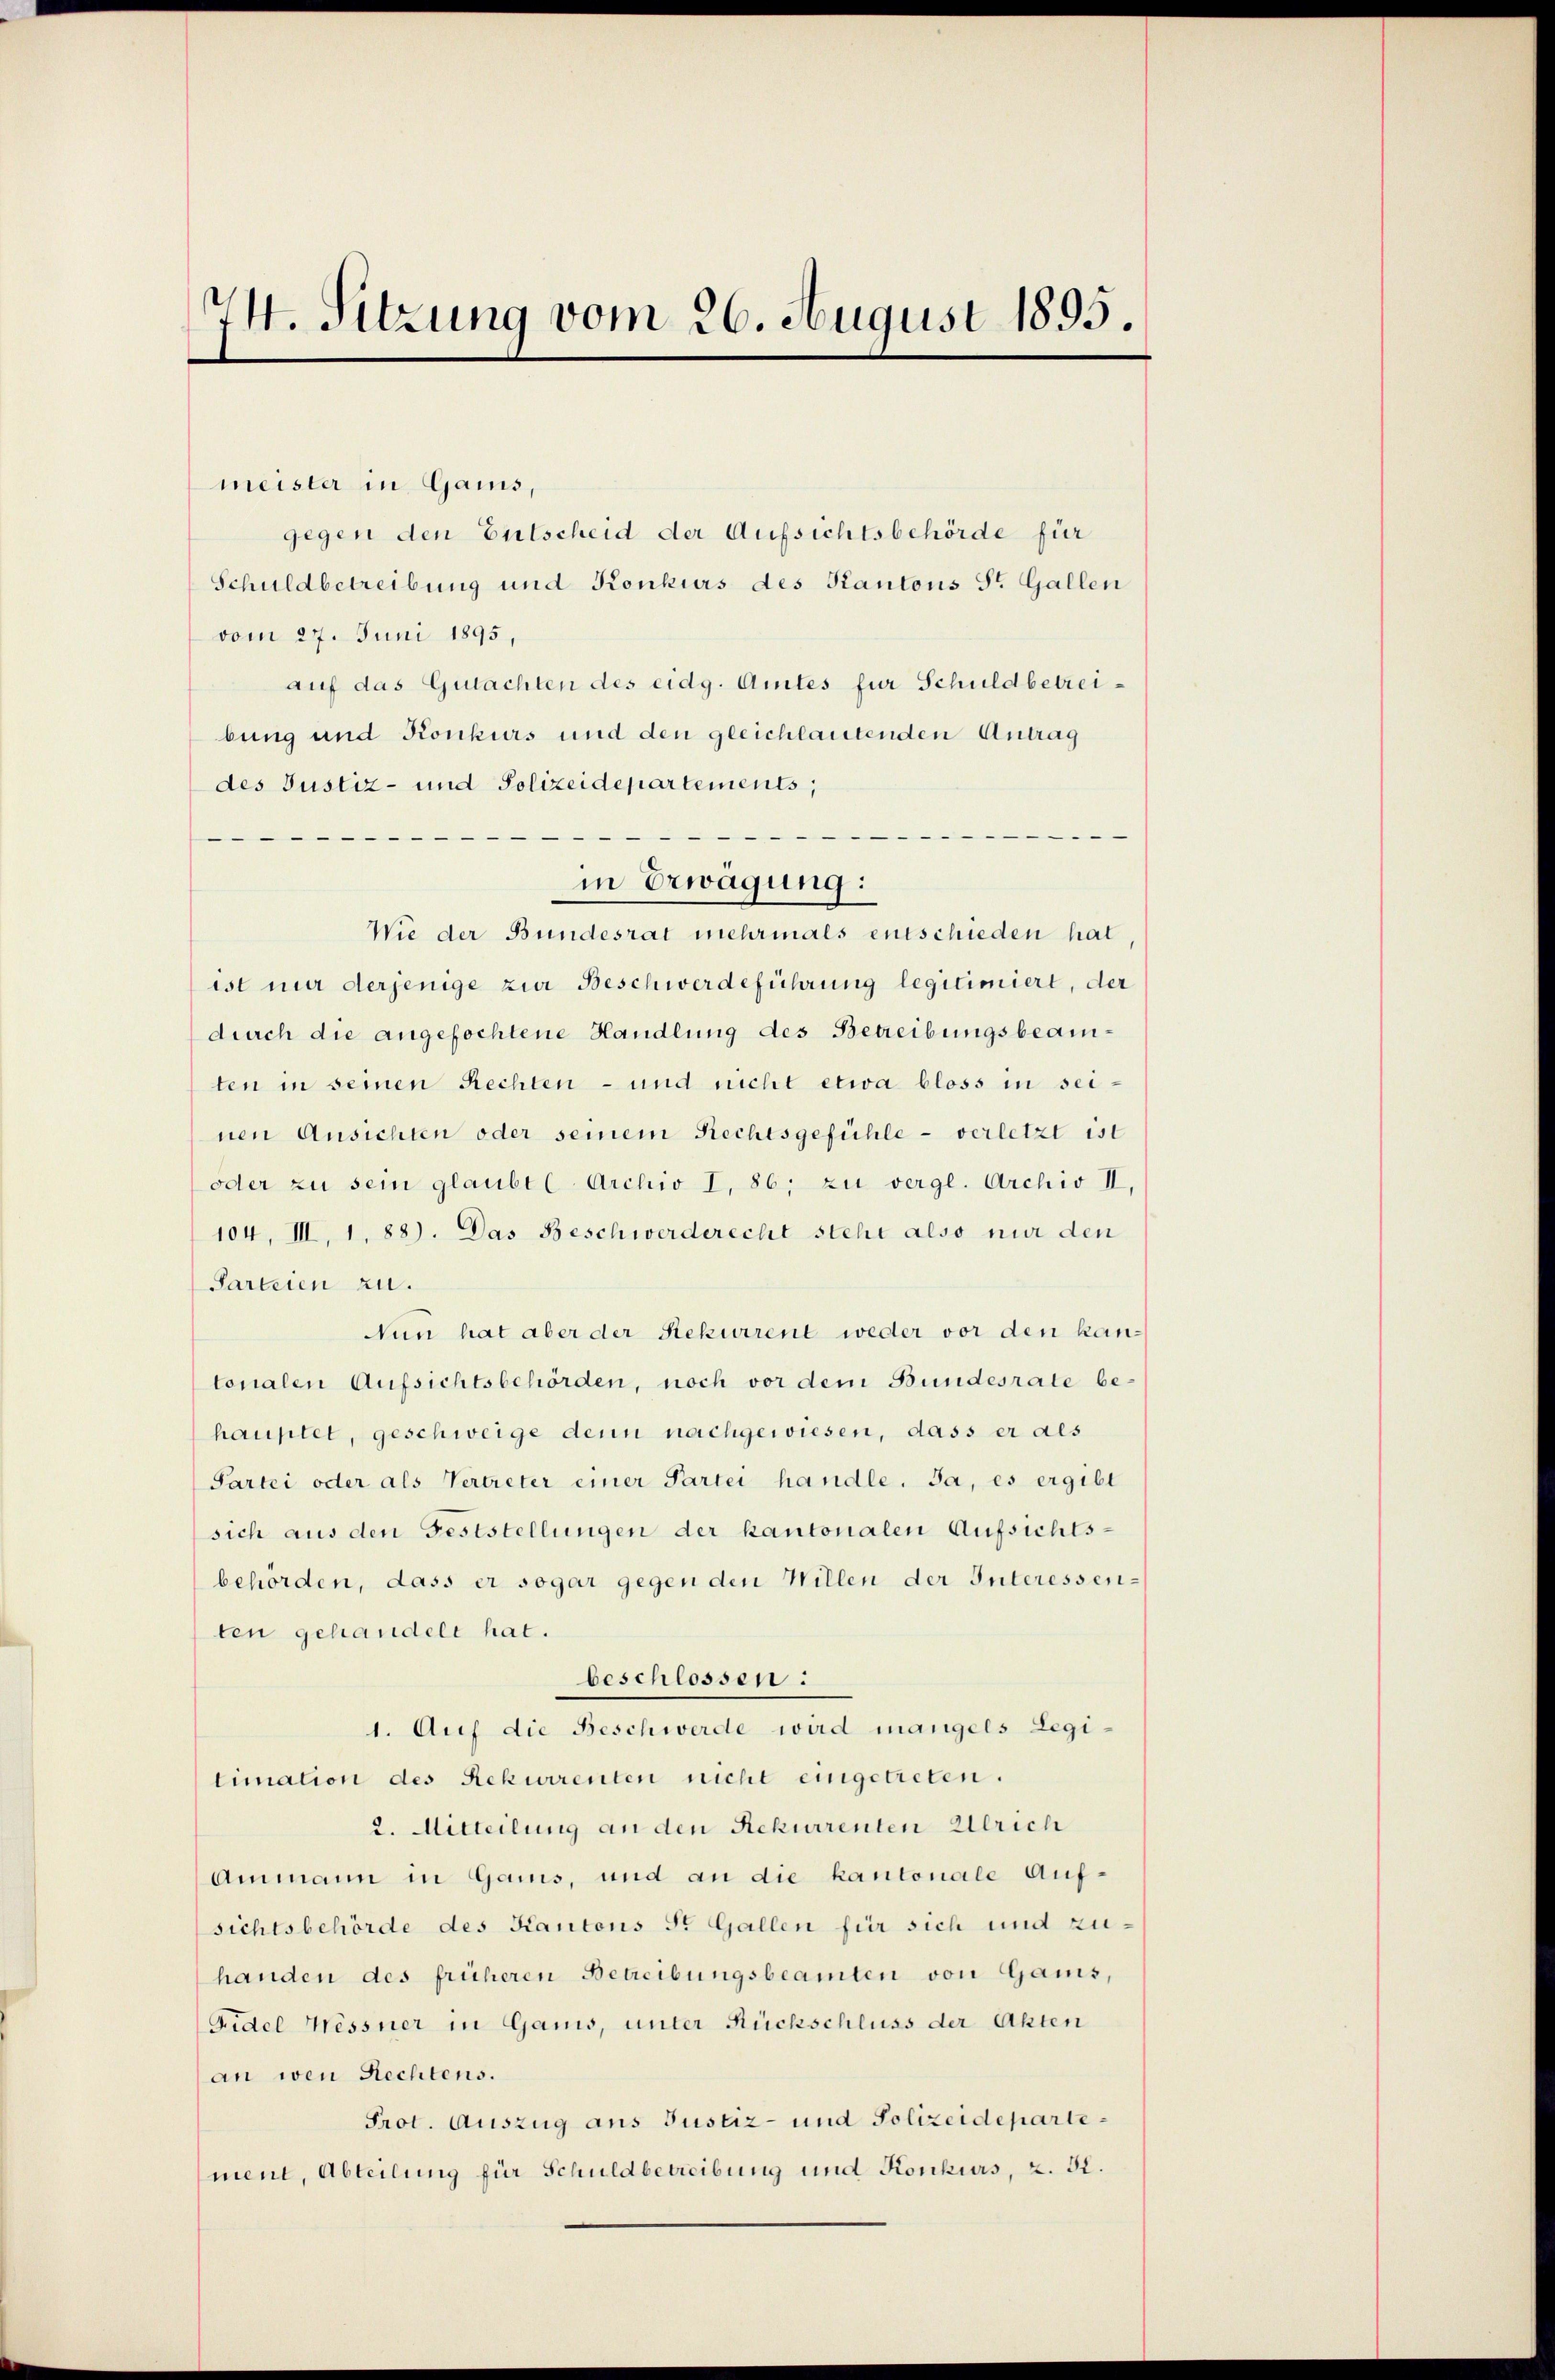
74. Sitzung vom 26. August 1895.

meister in Gais,
gegen den Entscheid der Aufsichtsbehörde für
Schuldbetreibung und Konkurs des Kantons St. Gallen
vom 27. Juni 1895,
auf das Gutachten des eidg. Amtes für Schuldbetreibung und Konkurs und den gleichlautenden Antrag
des Justiz- und Polizeidepartements,
—
Wie der Bundesrat mehrmals entschieden hat
ist mir derjenige zur Beschwerdeführung legitimiert, der
durch die angefochtene Handlung des Betreibungsbeamten in seinen Rechten - und nicht etwa bloss in seinen Ansichten oder seinem Rechtsgefühle - verletzt ist
oder zu sein glaubte Archiv I, 86; zu vergl. Archiv II,
104, III, 1, 88). Das Beschwerderecht steht also nur den
Parteien zu.
Nun hat aber der Rekurrent weder vor den kantonalen Aufsichtsbehörden, noch vor dem Bundesrate be-
hauptet, geschweige denn nachgewiesen, dass er als
Partei oder als Vertreter einer Partei handle. Ja, es ergibt
sich aus den Feststellungen der kantonalen Aufsichts-
behörden, dass er sogar gegen den Willen der Interessen-
ten gehandelt hat.
beschlossen:
1. Auf die Beschwerde wird mangels Legi-
timation des Rekurrenten nicht eingetreten.
2. Mitteilung an den Rekurrenten Ulrich
Ammann in Gams, und an die kantonale Aufsichtsbehörde des Kantons St. Gallen für sich und zuhanden des früheren Betreibungsbeamten von Gams,
Fidel Wessner in Gamis, unter Rückschluss der Akten
an wen Rechtens.
Prot. Auszug aus Justiz- und Polizeidepartement, Abteilung für Schuldbetreibung und Konkurs, z. 52.

in Erwägung: